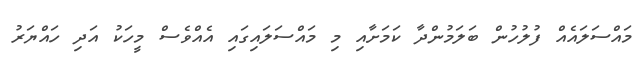
މައްސަލައެއް ފުލުހުން ބަލަމުންދާ ކަމަށާއި މި މައްސަލައިގައި އެއްވެސް މީހަކު އަދި ހައްޔަރު